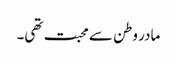
مادر وطن سے محبت تھی۔